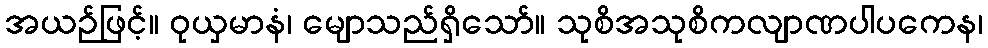
အယဉ်ဖြင့်။ ဝုယှမာနံ၊ မျောသည်ရှိသော်။ သုစိအသုစိကလျာဏပါပကေန၊